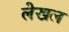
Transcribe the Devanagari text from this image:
लेखल